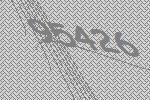
95426